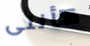
كأننى